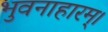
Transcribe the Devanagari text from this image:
भुवनाहारम्‌।